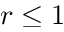
r \le 1